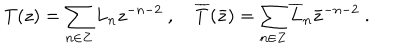
T ( z ) = \sum _ { n \in Z } L _ { n } z ^ { - n - 2 } ~ , ~ \overline { { { T } } } ( \bar { z } ) = \sum _ { n \in Z } \overline { { { L } } } _ { n } \bar { z } ^ { - n - 2 } ~ .